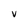
Character: V